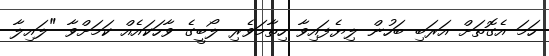
ހަމަ އެގޮތަށް އަރަބި ބަހުން ލިޔެފައިވާ ހިތާމަވެރި ލޯބީގެ ވާހަކައެއް ކަމަށްވާ "ލައިލާ